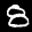
Label: 8